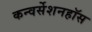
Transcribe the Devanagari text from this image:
कन्वर्सेशनहॉस